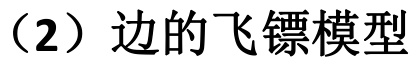
（2）边的飞镖模型